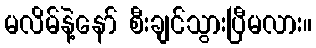
မလိမ်နဲ့နော် စီးချင်သွားပြီမလား။